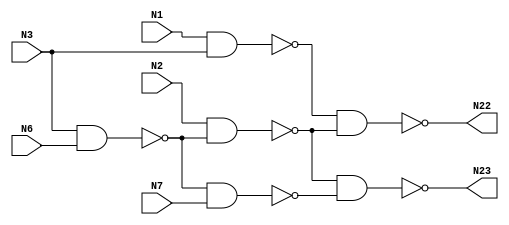
// Verilog
// c17
// Ninputs 5

module c17 (N1,N2,N3,N6,N7,N22,N23);

input N1,N2,N3,N6,N7;

output N22,N23;

wire N10,N11,N16,N19;

nand NAND2_1 (N10, N1, N3);

nand NAND2_2 (N11, N3, N6);

nand NAND2_3 (N16, N2, N11);

nand NAND2_4 (N19, N11, N7);

nand NAND2_5 (N22, N10, N16);

nand NAND2_6 (N23, N16, N19);

endmodule